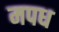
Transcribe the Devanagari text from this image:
मपध